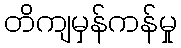
တိကျမှန်ကန်မှု